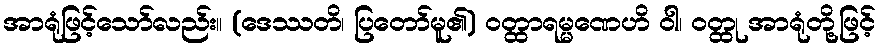
အာရုံဖြင့်သော်လည်း။ (ဒေဿတိ၊ ပြတော်မူ၏) ဝတ္ထာရမ္မဏေဟိ ဝါ၊ ဝတ္ထု အာရုံတို့ဖြင့်